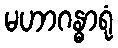
မဟာဂန္ဓာရုံ